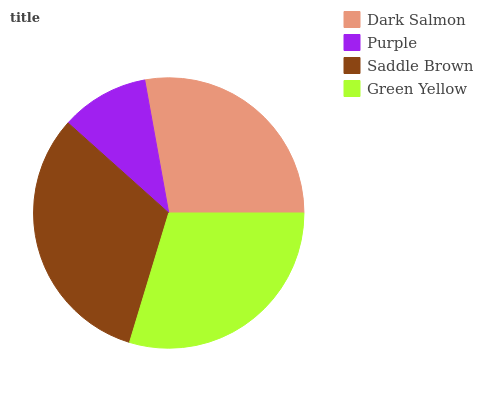
| Dark Salmon | Purple | Saddle Brown | Green Yellow |
 | --- | --- | --- | --- |
 | 27.9% | 10.6% | 32% | 29.6% |